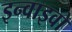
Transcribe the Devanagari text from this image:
इन्वाइवो